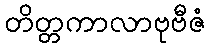
တိတ္တကာလာဗုဗီဇံ